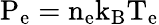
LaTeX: \mathrm{P_{e}=n_{e}k_{B}T_{e}}